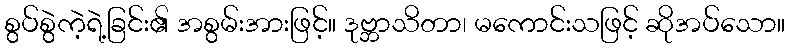
စွပ်စွဲကဲ့ရဲ့ခြင်း၏ အစွမ်းအားဖြင့်။ ဒုဗ္ဘာသိတာ၊ မကောင်းသဖြင့် ဆိုအပ်သော။